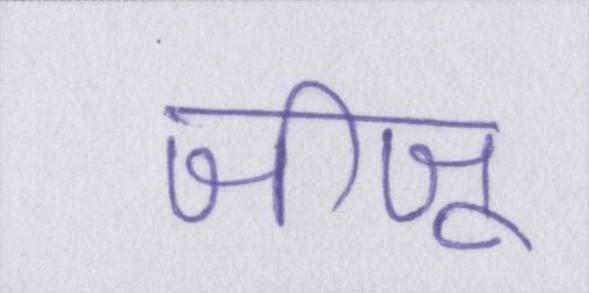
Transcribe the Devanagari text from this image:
जीजू